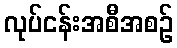
လုပ်ငန်းအစီအစဉ်